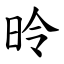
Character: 昤